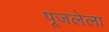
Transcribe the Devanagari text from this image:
पूजलेला